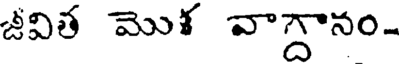
జీవిత మొళ వాగ్దానం-